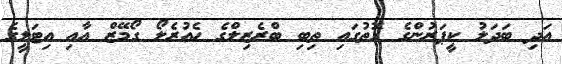
އަދި ބަދަލު ކީޕަރުންގެ ގޮތުގައި ތިބި ބްރެޒިލްގެ ހެއުރެލޯ ގޯމޭޒް އާއި އިޓަލީގެ